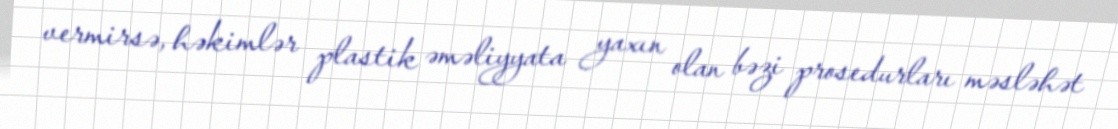
vermirsə, həkimlər plastik əməliyyata yaxın olan bəzi prosedurları məsləhət